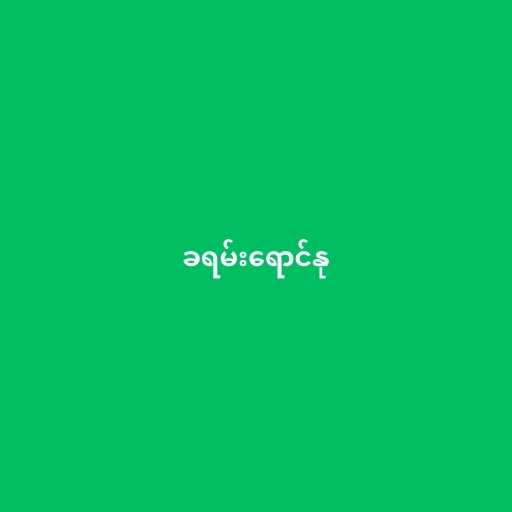
ခရမ်းရောင်နု